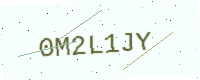
Text: 0M2L1JY